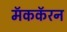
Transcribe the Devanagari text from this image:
मॅककॅरन